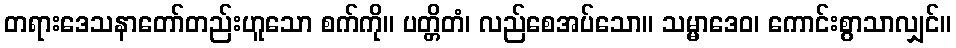
တရားဒေသနာတော်တည်းဟူသော စက်ကို။ ပတ္တိတံ၊ လည်စေအပ်သော။ သမ္မာဒေဝ၊ ကောင်းစွာသာလျှင်။